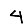
Digit: 4